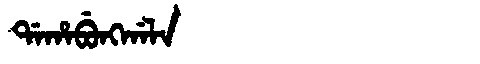
Manchu: ᡩᠠᡥᠠᠪᡠᠩᡤᠠᠯᠠ
Romanization: DAHABUNGGALA